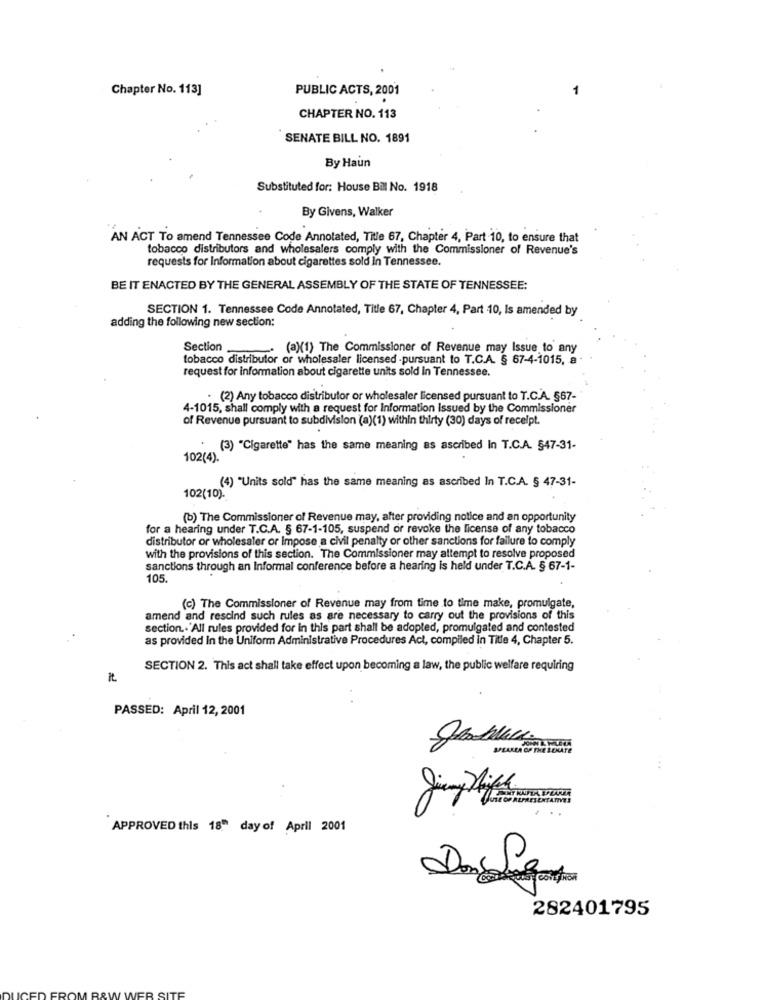
Chapter No. 113]
PUBLIC ACTS, 2001
CHAPTER NO. 113
SENATE BILL NO. 1891
By Haun
Substituted for: House Bill No. 1918
By Givens, Walker
AN ACT To amend Tennessee Code Annotated, Title 67, Chapter 4, Part 10, to ensure that
tobacco distributors and wholesalers comply with the Commissioner of Revenue's
requests for Information about cigarettes sold in Tennessee.
BE IT ENACTED BY THE GENERAL ASSEMBLY OF THE STATE OF TENNESSEE:
SECTION 1. Tennessee Code Annotated, Title 67, Chapter 4, Part 10, Is amended by
adding the following new section:
Section
(a)(1) The Commissioner of Revenue may Issue to any
tobacco distributor or wholesaler licensed -pursuant to T.C.A. § 67-4-1015, 8
request for information about cigarette units sold In Tennessee.
.(2) Any tobacco distributor or wholesaler licensed pursuant to T.C.A. §67-
4-1015, shall comply with a request for information Issued by the Commissioner
of Revenue pursuant to subdivision (a)(1) within thirty (30) days of receipt.
(3) "Cigarette" has the same meaning as ascribed in T.C.A. §47-31-
102(4).
(4) "Units sold" has the same meaning as ascribed In T.C.A. § 47-31-
102(10).
(b) The Commissioner of Revenue may, after providing notice and an opportunity
for a hearing under T.C.A. § 67-1-105, suspend or revoke the license of any tobacco
distributor or wholesaler or impose a civil penalty or other sanctions for failure to comply
with the provisions of this section. The Commissioner may attempt to resolve proposed
sanctions through an Informal conference before a hearing is held under T.C.A. § 67-1-
105.
(c) The Commissioner of Revenue may from time to time make, promulgate,
amend and rescind such rules as are necessary to carry out the provisions of this
section .. All rules provided for in this part shall be adopted, promulgated and contested
as provided In the Uniform Administrative Procedures Act, compiled in Title 4, Chapter 5.
SECTION 2. This act shall take effect upon becoming a law, the public welfare requiring
PASSED: April 12, 2001
SPEAKER OF THE LOCATE
APPROVED this 18" day of April 2001
282401795